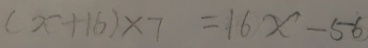
( x + 1 6 ) \times 7 = 1 6 x - 5 6